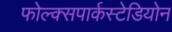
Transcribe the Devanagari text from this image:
फोल्क्सपार्कस्टेडियोन